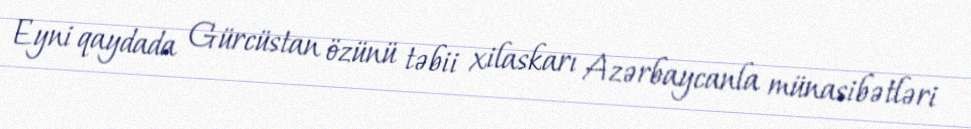
Eyni qaydada Gürcüstan özünü təbii xilaskarı Azərbaycanla münasibətləri